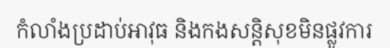
កំលាំងប្រដាប់អាវុធ និងកងសន្តិសុខមិនផ្លូវការ